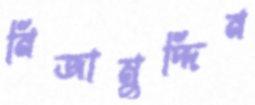
নিজামুদ্দিন